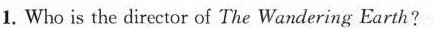
1. Who is the director of The Wandering Earth?